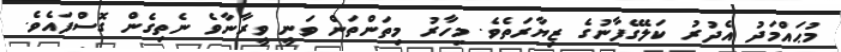
މުޙައްމަދު އެދުރު ކަލޭގެފާނުގެ ޒިޔާރަތެވެ. މިހާރު މިތަންތަން ވަނީ ވީރާނާވެ ނެތިގެން ގޮސްފައެވެ.